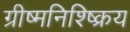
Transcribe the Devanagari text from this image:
ग्रीष्मनिश्ष्क्रिय